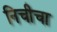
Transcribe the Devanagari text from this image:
निचीचा